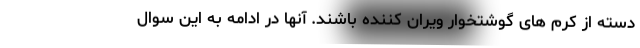
دسته از کرم های گوشتخوار ویران کننده باشند. آنها در ادامه به این سوال